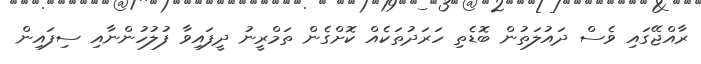
ރާއްޖޭގައި ވެސް ދައުލަތުން ބޮޑެތި ހަރަދުތަކެއް ކޮށްގެން ތަމްރީނު ދީފައިވާ ފުލުހުންނާއި ސިފައިން